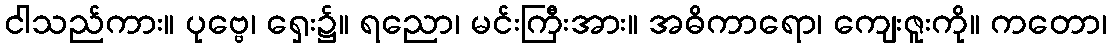
ငါသည်ကား။ ပုဗ္ဗေ၊ ရှေး၌။ ရညော၊ မင်းကြီးအား။ အဓိကာရော၊ ကျေးဇူးကို။ ကတော၊